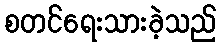
စတင်ရေးသားခဲ့သည်